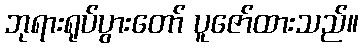
ဘုရားရုပ်ပွားတော် ပူဇော်ထားသည်။